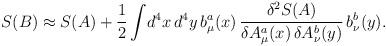
LaTeX: \begin{align*}S(B)\approx S(A)+{1\over 2}\int\!d^4x\,d^4y\,b^a_\mu(x)\,{\delta^2 S(A)\over\delta A^a_\mu(x)\,\delta A^b_\nu(y)}\,b^b_\nu(y).\end{align*}